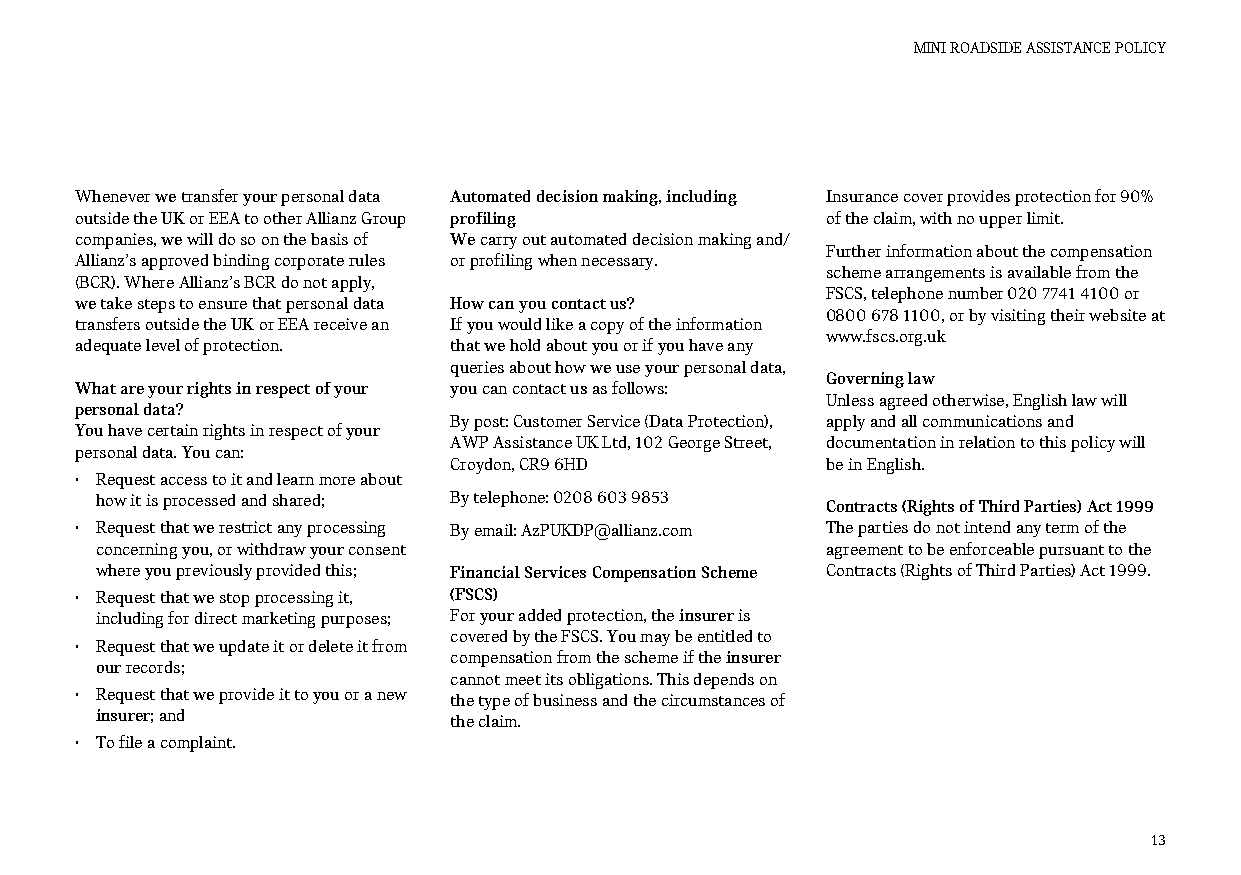
MINI ROADSIDE ASSISTANCE POLICY
 Whenever we transfer your personal data Automated decision making, including Insurance cover provides protection for 90%
 outside the UK or EEA to other Allianz Group profiling of the claim, with no upper limit.
 companies, we will do so on the basis of We carry out automated decision making and/
 Further information about the compensation
 Allianz’s approved binding corporate rules or profiling when necessary.
 scheme arrangements is available from the
 (BCR). Where Allianz’s BCR do not apply,
 FSCS, telephone number 020 7741 4100 or
 we take steps to ensure that personal data How can you contact us?
 0800 678 1100, or by visiting their website at
 transfers outside the UK or EEA receive an If you would like a copy of the information
 www.fscs.org.uk
 adequate level of protection. that we hold about you or if you have any
 queries about how we use your personal data,
 Governing law
 What are your rights in respect of your you can contact us as follows:
 Unless agreed otherwise, English law will
 personal data?
 By post: Customer Service (Data Protection), apply and all communications and
 You have certain rights in respect of your
 AWP Assistance UK Ltd, 102 George Street, documentation in relation to this policy will
 personal data. You can:
 Croydon, CR9 6HD         be in English.
 • Request access to it and learn more about
 how it is processed and shared; By telephone: 0208 603 9853 Contracts (Rights of Third Parties) Act 1999
 • Request that we restrict any processing By email: AzPUKDP@allianz.com The parties do not intend any term of the
 concerning you, or withdraw your consent         agreement to be enforceable pursuant to the
 where you previously provided this; Financial Services Compensation Scheme Contracts (Rights of Third Parties) Act 1999.
 • Request that we stop processing it, (FSCS)
 including for direct marketing purposes; For your added protection, the insurer is
 covered by the FSCS. You may be entitled to
 • Request that we update it or delete it from
 compensation from the scheme if the insurer
 our records;
 cannot meet its obligations. This depends on
 • Request that we provide it to you or a new the type of business and the circumstances of
 insurer; and            the claim.
 • To file a complaint.
 13